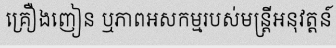
គ្រឿងញៀន ឬភាពអសកម្មរបស់មន្ត្រីអនុវត្តន៍